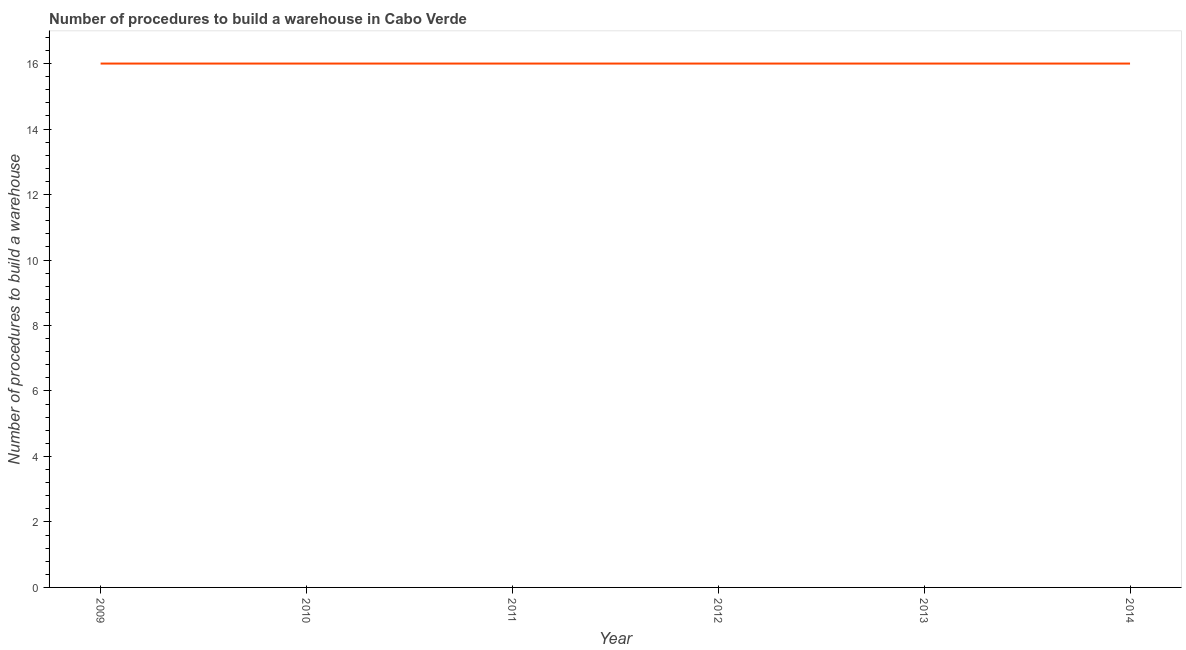
| Year | Build a warehouse |
 | --- | --- |
 | 2009 | 16 |
 | 2010 | 16 |
 | 2011 | 16 |
 | 2012 | 16 |
 | 2013 | 16 |
 | 2014 | 16 |